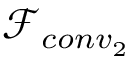
\mathscr { F } _ { c o n v _ { 2 } }